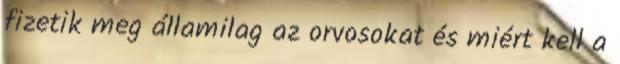
fizetik meg államilag az orvosokat és miért kell a